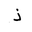
Letter: _thal